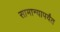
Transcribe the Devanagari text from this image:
सामान्यापर्यंत